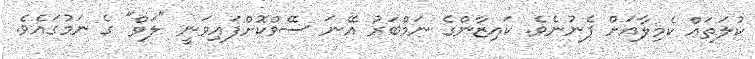
ކުލަތައް ކެމިލާއަށް ފެނުނެވެ. ކައިޒާންގެ ނަމްބަރު އޭނަ ސޭވްކޮށްފައިވަނީ "ލަވް" ގެ ނަމުގައެވެ.